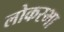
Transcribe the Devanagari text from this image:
लोकस्भा